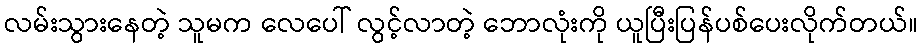
လမ်းသွားနေတဲ့ သူမက လေပေါ် လွင့်လာတဲ့ ဘောလုံးကို ယူပြီးပြန်ပစ်ပေးလိုက်တယ်။